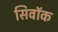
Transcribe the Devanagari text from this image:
सिवॉक